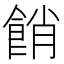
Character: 𩛱